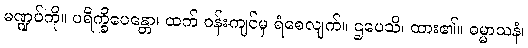
မဏ္ဍပ်ကို။ ပရိက္ခိပေန္တော၊ ထက် ဝန်းကျင်မှ ရံစေလျက်။ ဌပေသိ၊ ထား၏။ ဓမ္မာသနံ၊